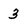
Character: 3